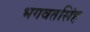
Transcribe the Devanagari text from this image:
भगवतसिंह